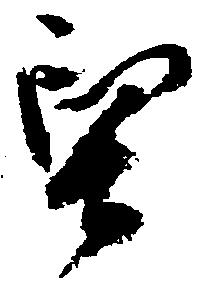
堅